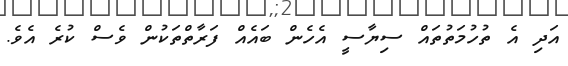
އަދި އެ ތުހުމަތުތައް ސިޔާސީ އެހެން ބައެއް ފަރާތްތަކުން ވެސް ކުރެ އެވެ.